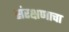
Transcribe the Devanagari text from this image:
संरक्षणाचा